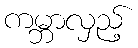
ကမ္ဘာလှည့်